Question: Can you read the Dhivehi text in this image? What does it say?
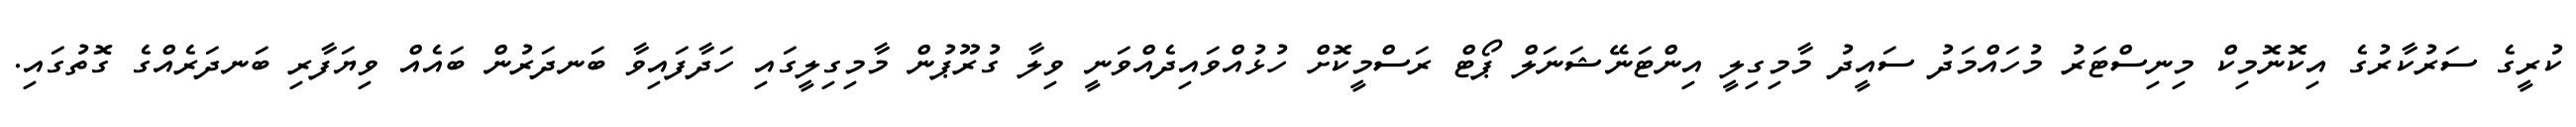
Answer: ކުރީގެ ސަރުކާރުގެ އިކޮނޮމިކް މިނިސްޓަރު މުހައްމަދު ސައީދު މާމިގިލީ އިންޓަނޭޝަނަލް ޕޯޓް ރަސްމީކޮށް ހުޅުއްވައިދެއްވަނީ ވިލާ ގުރޫޕުން މާމިގިލީގައި ހަދާފައިވާ ބަނދަރުން ބައެއް ވިޔަފާރި ބަނދަރެއްގެ ގޮތުގައި.